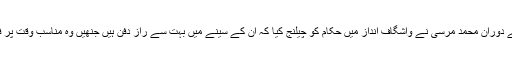
ایسوسی ایٹڈ پریس کے مطابق حماس کی حمایت کے خلاف مقدمہ کی سماعت کے دوران محمد مرسی نے واشگاف انداز میں حکام کو چیلنج کیا کہ ان کے سینے میں بہت سے راز دفن ہیں جنھیں وہ مناسب وقت پر فاش کرینگے، جس کے کچھ ہی دیر بعد سابق صدر زمین پر گرے اور چل بسے۔